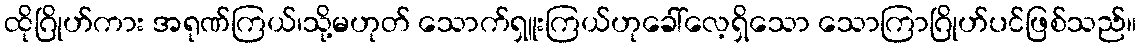
ထိုဂြိုဟ်ကား အရုဏ်ကြယ်၊သို့မဟုတ် သောက်ရှူးကြယ်ဟုခေါ်လေ့ရှိသော သောကြာဂြိုဟ်ပင်ဖြစ်သည်။